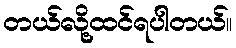
တယ်လို့ထင်ရပါတယ်။